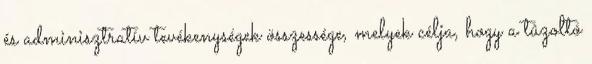
és adminisztratív tevékenységek összessége, melyek célja, hogy a tûzoltó